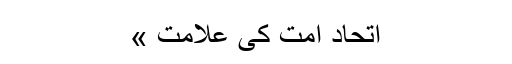
اتحاد امت کی علامت »